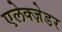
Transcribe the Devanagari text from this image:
एलेक्ज़ेडर